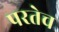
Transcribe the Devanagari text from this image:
परतेच